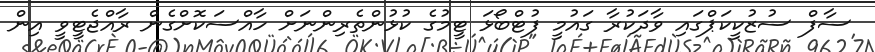
ސާފް ސުޒުކީކަޕްގައި ވާދަކުރާ ގައުމީ ފުޓްބޯޅަ ޓީމުގެ ކުޅުންތެރިންނަށް ހާއްސަކޮށްގެން ރާއްޖެޓީވީ އިން